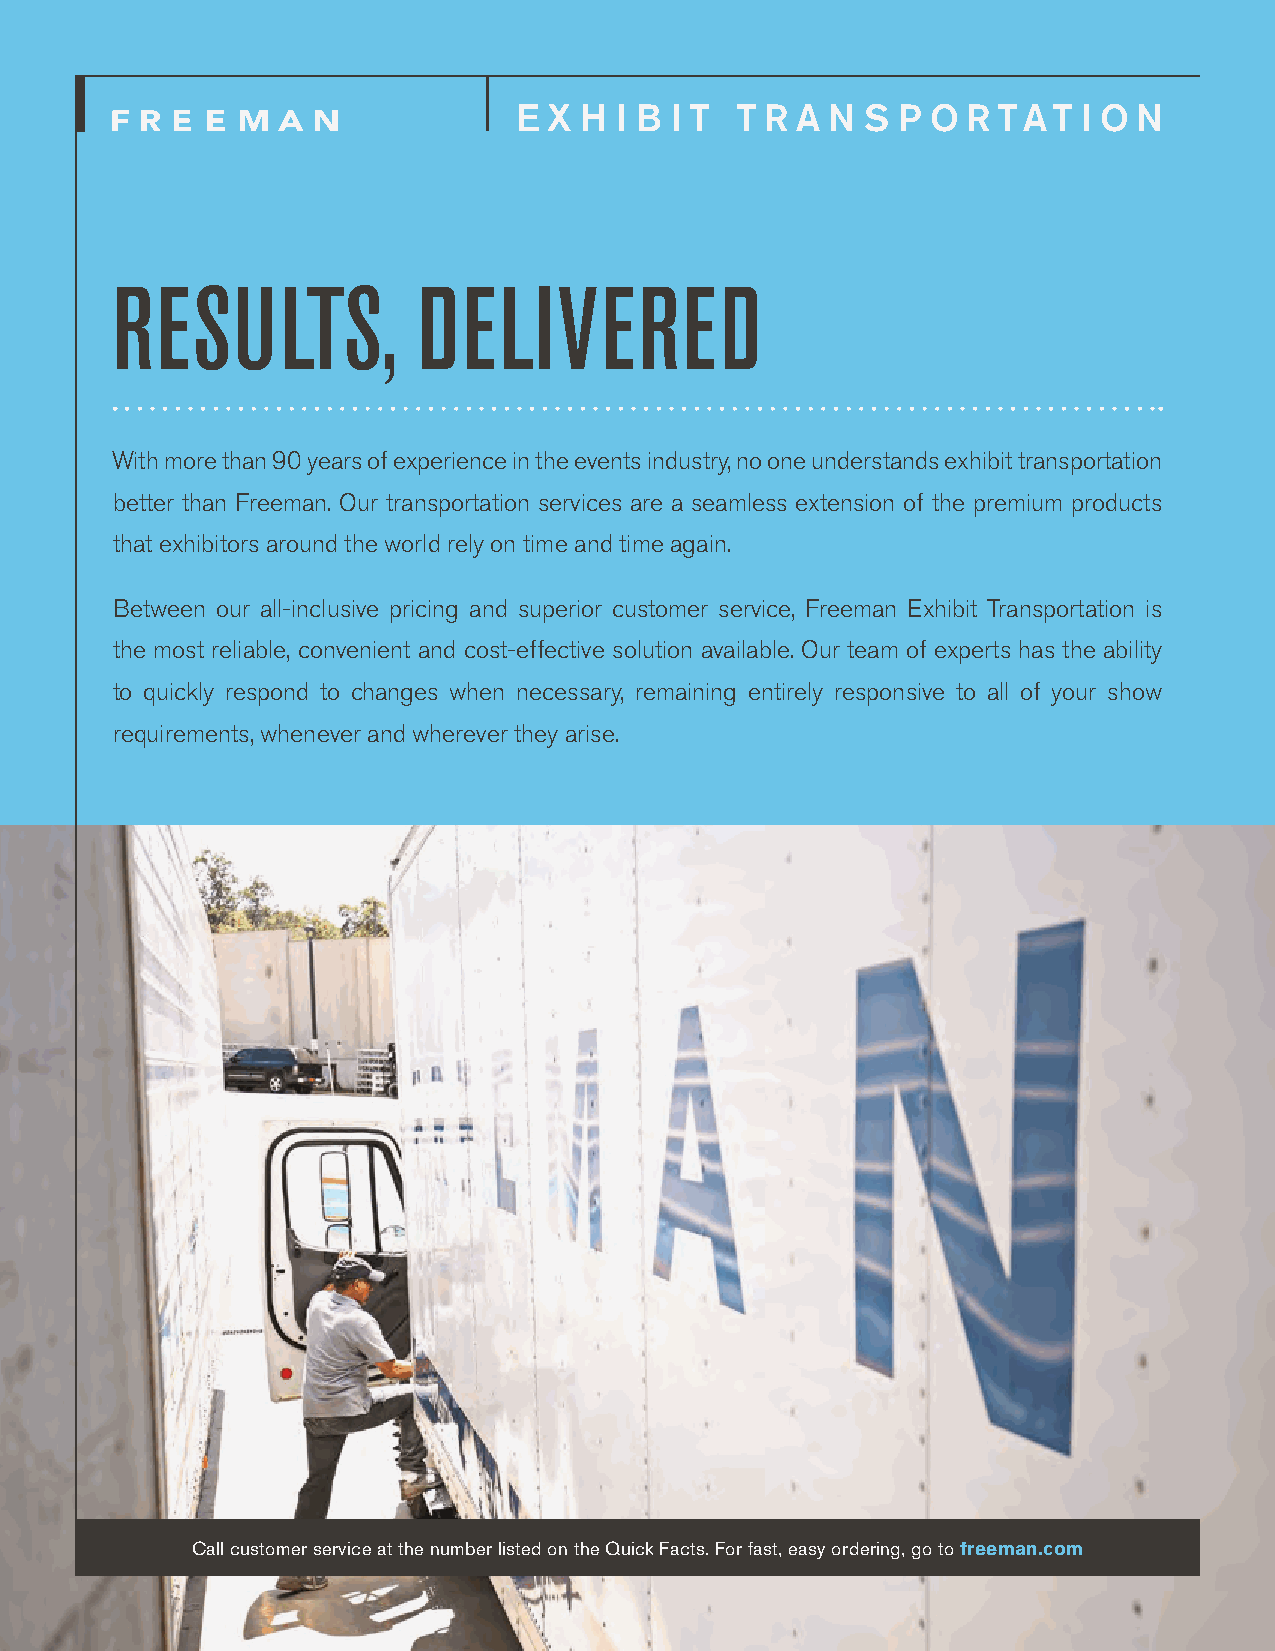
E X H  I B I T T R A N S P  O R TAT   I O N
 RESULTS,             DELIVERED
 With more than 90 years of experience in the events industry, no one understands exhibit transportation
 better than Freeman. Our transportation services are a seamless extension of the premium products
 that exhibitors around the world rely on time and time again.
 Between our all-inclusive pricing and superior customer service, Freeman Exhibit Transportation is
 the most reliable, convenient and cost-effective solution available. Our team of experts has the ability
 to quickly respond to changes when necessary, remaining entirely responsive to all of your show
 requirements, whenever and wherever they arise.
 Call customer service at the number listed on the Quick Facts. For fast, easy ordering, go to freeman.com